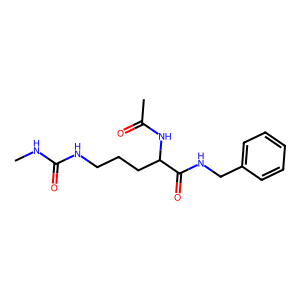
SMILES: CNC(=O)NCCCC(NC(C)=O)C(=O)NCc1ccccc1
Inhibits HIV replication: No